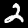
Label: 2